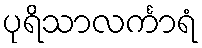
ပုရိသာလင်္ကာရံ